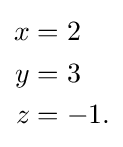
{\begin{aligned}x&=2\\y&=3\\z&=-1.\end{aligned}}